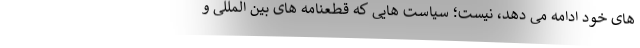
های خود ادامه می دهد، نیست؛ سیاست هایی که قطعنامه های بین المللی و